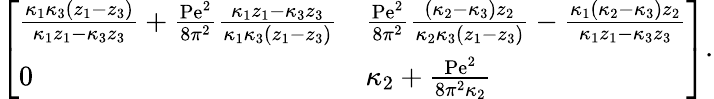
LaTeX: \begin{array}{r}{\left[\begin{array}{ll}{\frac{\kappa_{1}\kappa_{3}\left(z_{1}-z_{3}\right)}{\kappa_{1}z_{1}-\kappa_{3}z_{3}}+\frac{\mathrm{Pe}^{2}}{8\pi^{2}}\frac{\kappa_{1}z_{1}-\kappa_{3}z_{3}}{\kappa_{1}\kappa_{3}\left(z_{1}-z_{3}\right)}}&{\frac{\mathrm{Pe}^{2}}{8\pi^{2}}\frac{\left(\kappa_{2}-\kappa_{3}\right)z_{2}}{\kappa_{2}\kappa_{3}\left(z_{1}-z_{3}\right)}-\frac{\kappa_{1}\left(\kappa_{2}-\kappa_{3}\right)z_{2}}{\kappa_{1}z_{1}-\kappa_{3}z_{3}}}\\ {0}&{\kappa_{2}+\frac{\mathrm{Pe}^{2}}{8\pi^{2}\kappa_{2}}}\end{array}\right].}\end{array}